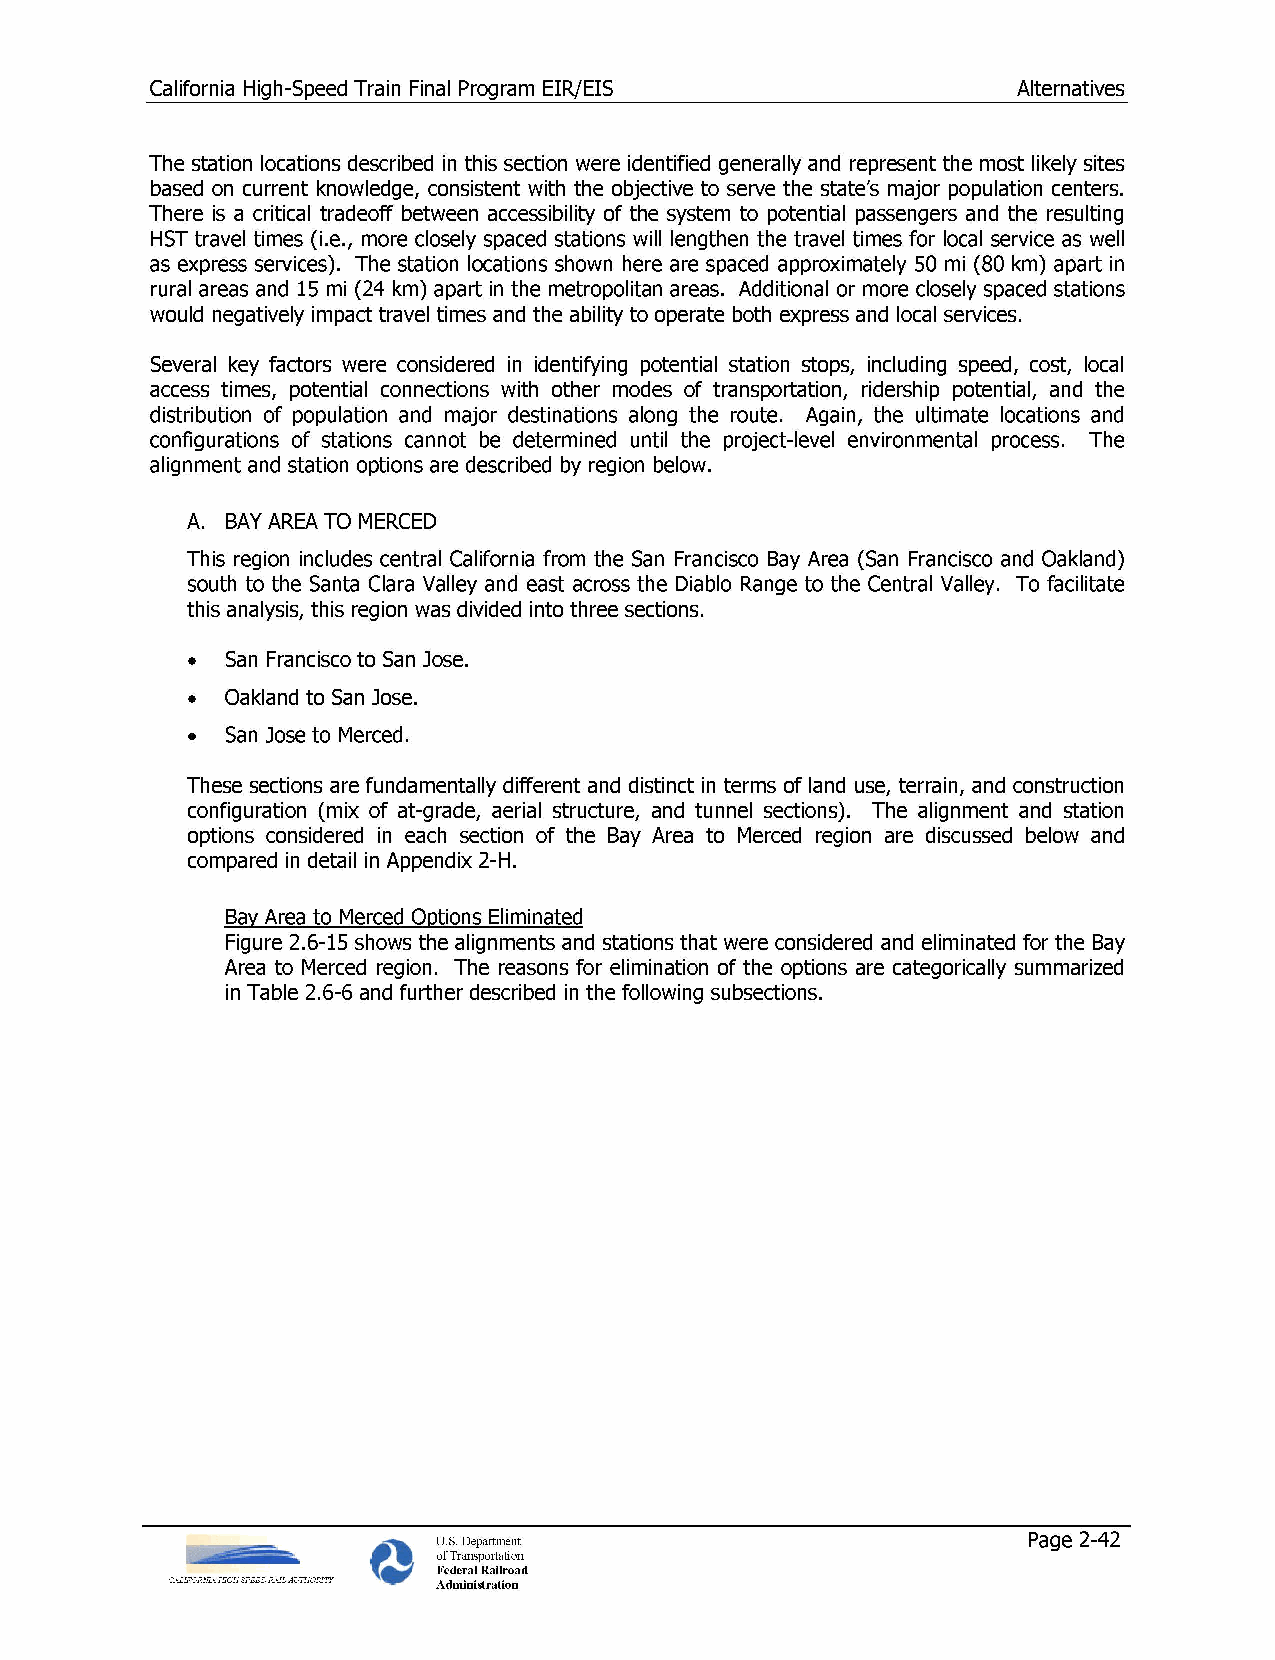
California High-Speed Train Final Program EIR/EIS        Alternatives
 The station locations described in this section were identified generally and represent the most likely sites
 based on current knowledge, consistent with the objective to serve the state's major population centers.
 There is a critical tradeoff between accessibility of the system to potential passengers and the resulting
 HST travel times (i.e., more closely spaced stations will lengthen the travel times for local service as well
 as express services). The station locations shown here are spaced approximately 50 mi (80 km) apart in
 rural areas and 15 mi (24 km) apart in the metropolitan areas. Additional or more closely spaced stations
 would negatively impact travel times and the ability to operate both express and local services.
 Several key factors were considered in identifying potential station stops, including speed, cost, local
 access times, potential connections with other modes of transportation, ridership potential, and the
 distribution of population and major destinations along the route. Again, the ultimate locations and
 configurations of stations cannot be determined until the project-level environmental process. The
 alignment and station options are described by region below.
 A. BAY AREA TO MERCED
 This region includes central California from the San Francisco Bay Area (San Francisco and Oakland)
 south to the Santa Clara Valley and east across the Diablo Range to the Central Valley. To facilitate
 this analysis, this region was divided into three sections.
 •  San Francisco to San Jose.
 •  Oakland to San Jose.
 •  San Jose to Merced.
 These sections are fundamentally different and distinct in terms of land use, terrain, and construction
 configuration (mix of at-grade, aerial structure, and tunnel sections). The alignment and station
 options considered in each section of the Bay Area to Merced region are discussed below and
 compared in detail in Appendix 2-H.
 Bay Area to Merced Options Eliminated
 Figure 2.6-15 shows the alignments and stations that were considered and eliminated for the Bay
 Area to Merced region. The reasons for elimination of the options are categorically summarized
 in Table 2.6-6 and further described in the following subsections.
 U.S. Department                        Page 2-42
 of Transportation
 Federal Railroad
 Administration